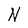
Character: N